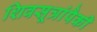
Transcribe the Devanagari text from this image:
शिवसूत्रांपैकी